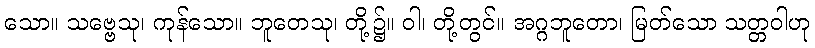
သော။ သဗ္ဗေသု၊ ကုန်သော။ ဘူတေသု၊ တို့၌။ ဝါ၊ တို့တွင်။ အဂ္ဂဘူတော၊ မြတ်သော သတ္တဝါဟု